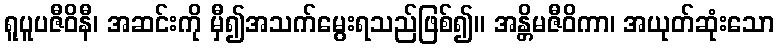
ရူပူပဇီဝိနီ၊ အဆင်းကို မှီ၍အသက်မွေးရသည်ဖြစ်၍။ အန္တိမဇီဝိကာ၊ အယုတ်ဆုံးသော